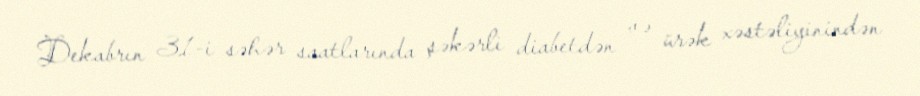
Dekabrın 31-i səhər saatlarında şəkərli diabetdən və ürək xəstəliyinindən